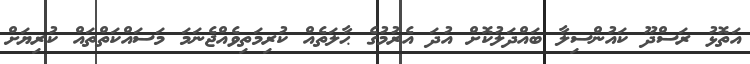
އަތޮޅު ރަސްދޫ ކައުންސިލާ ބައްދަލުކޮށް އުދަ އެރުމުގެ ޙާލަތެއް ކުރިމަތިވެއްޖެނަމަ މަސައްކަތްތައް ކުރިޔަށް